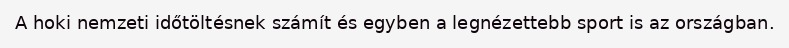
A hoki nemzeti időtöltésnek számít és egyben a legnézettebb sport is az országban.